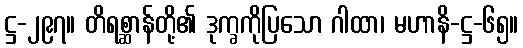
ဋ္ဌ-၂၉၇။ တိရစ္ဆာန်တို့၏ ဒုက္ခကိုပြသော ဂါထာ၊ မဟာနိ-ဋ္ဌ-၆၅။